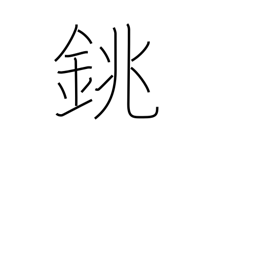
Meaning: sake bottle